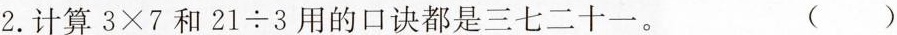
2.计算$$3 \times 7$$和$$2 1 \div 3$$用的口诀都是三七二十一。 ()